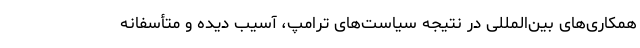
همکاری‌های بین‌المللی در نتیجه سیاست‌های ترامپ، آسیب دیده و متأسفانه